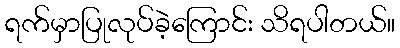
ရက်မှာပြုလုပ်ခဲ့ကြောင်း သိရပါတယ်။